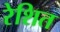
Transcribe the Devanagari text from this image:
रेशित